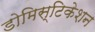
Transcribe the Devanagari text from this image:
डोमिस्टिकेशन